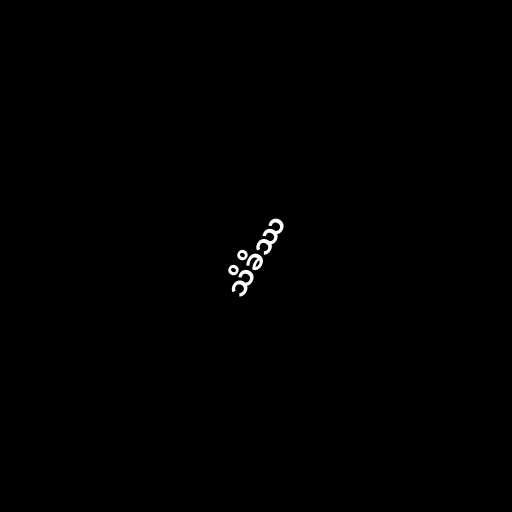
သိခိဿ